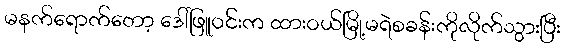
မနက်ရောက်တော့ ဒေါ်ဖြူဝင်းက ထားဝယ်မြို့မရဲစခန်းကိုလိုက်သွားပြီး